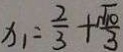
x _ { 1 } = \frac { 2 } { 3 } + \frac { \sqrt { 1 0 } } { 3 }